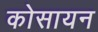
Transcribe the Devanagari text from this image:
कोसायन